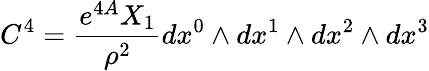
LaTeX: C^{4}={\frac{e^{4A}X_{1}}{\rho^{2}}}dx^{0}\wedge dx^{1}\wedge dx^{2}\wedge dx^{3}